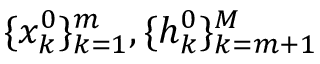
\{ x _ { k } ^ { 0 } \} _ { k = 1 } ^ { m } , \{ h _ { k } ^ { 0 } \} _ { k = m + 1 } ^ { M }